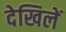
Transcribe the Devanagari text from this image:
देखिलें